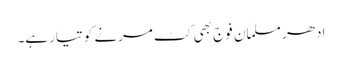
ادھر مسلمان فوج بھی کٹ مرنے کو تیار ہے۔